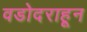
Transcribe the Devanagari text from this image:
वडोदराहून